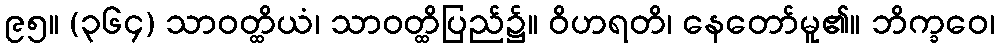
၉၅။ (၃၆၄) သာဝတ္ထိယံ၊ သာဝတ္ထိပြည်၌။ ဝိဟရတိ၊ နေတော်မူ၏။ ဘိက္ခဝေ၊